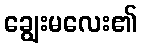
ချွေးမလေး၏